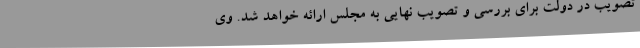
تصویب در دولت برای بررسی و تصویب نهایی به مجلس ارائه خواهد شد. وی